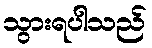
သွားရပါသည်